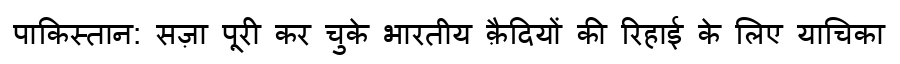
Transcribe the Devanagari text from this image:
पाकिस्तान: सज़ा पूरी कर चुके भारतीय क़ैदियों की रिहाई के लिए याचिका